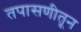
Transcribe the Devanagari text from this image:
तपासणीतून